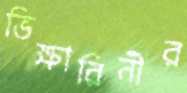
ভিক্ষারিনীর